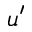
u ^ { \prime }